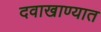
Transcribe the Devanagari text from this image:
दवाखाण्यात